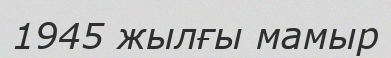
1945 жылғы мамыр